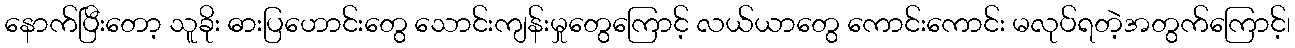
နောက်ပြီးတော့ သူခိုး ဓားပြဟောင်းတွေ သောင်းကျန်းမှုတွေကြောင့် လယ်ယာတွေ ကောင်းကောင်း မလုပ်ရတဲ့အတွက်ကြောင့်၊